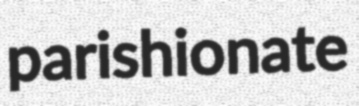
parishionate